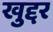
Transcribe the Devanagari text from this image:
खुद्दर